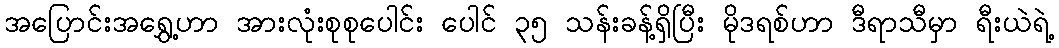
အပြောင်းအရွှေ့ဟာ အားလုံးစုစုပေါင်း ပေါင် ၃၅ သန်းခန့်ရှိပြီး မိုဒရစ်ဟာ ဒီရာသီမှာ ရီးယဲရဲ့